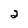
Character: 2